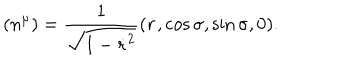
( n ^ { \mu } ) = \frac { 1 } { \sqrt { 1 - \dot { r } ^ { 2 } } } ( \dot { r } , \cos { \sigma } , \sin { \sigma } , 0 ) .